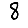
Digit: 8